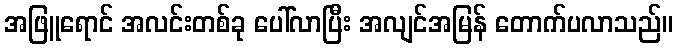
အဖြူရောင် အလင်းတစ်ခု ပေါ်လာပြီး အလျင်အမြန် တောက်ပလာသည်။